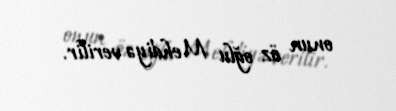
onun öz oğlu Mehdiyə verilir.